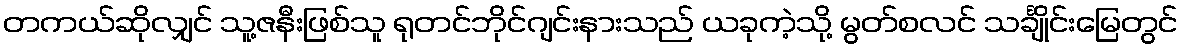
တကယ်ဆိုလျှင် သူ့ဇနီးဖြစ်သူ ရုတင်ဘိုင်ဂျင်းနားသည် ယခုကဲ့သို့ မွတ်စလင် သင်္ချိုင်းမြေတွင်